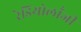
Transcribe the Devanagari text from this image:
रेडियोलॉंजी